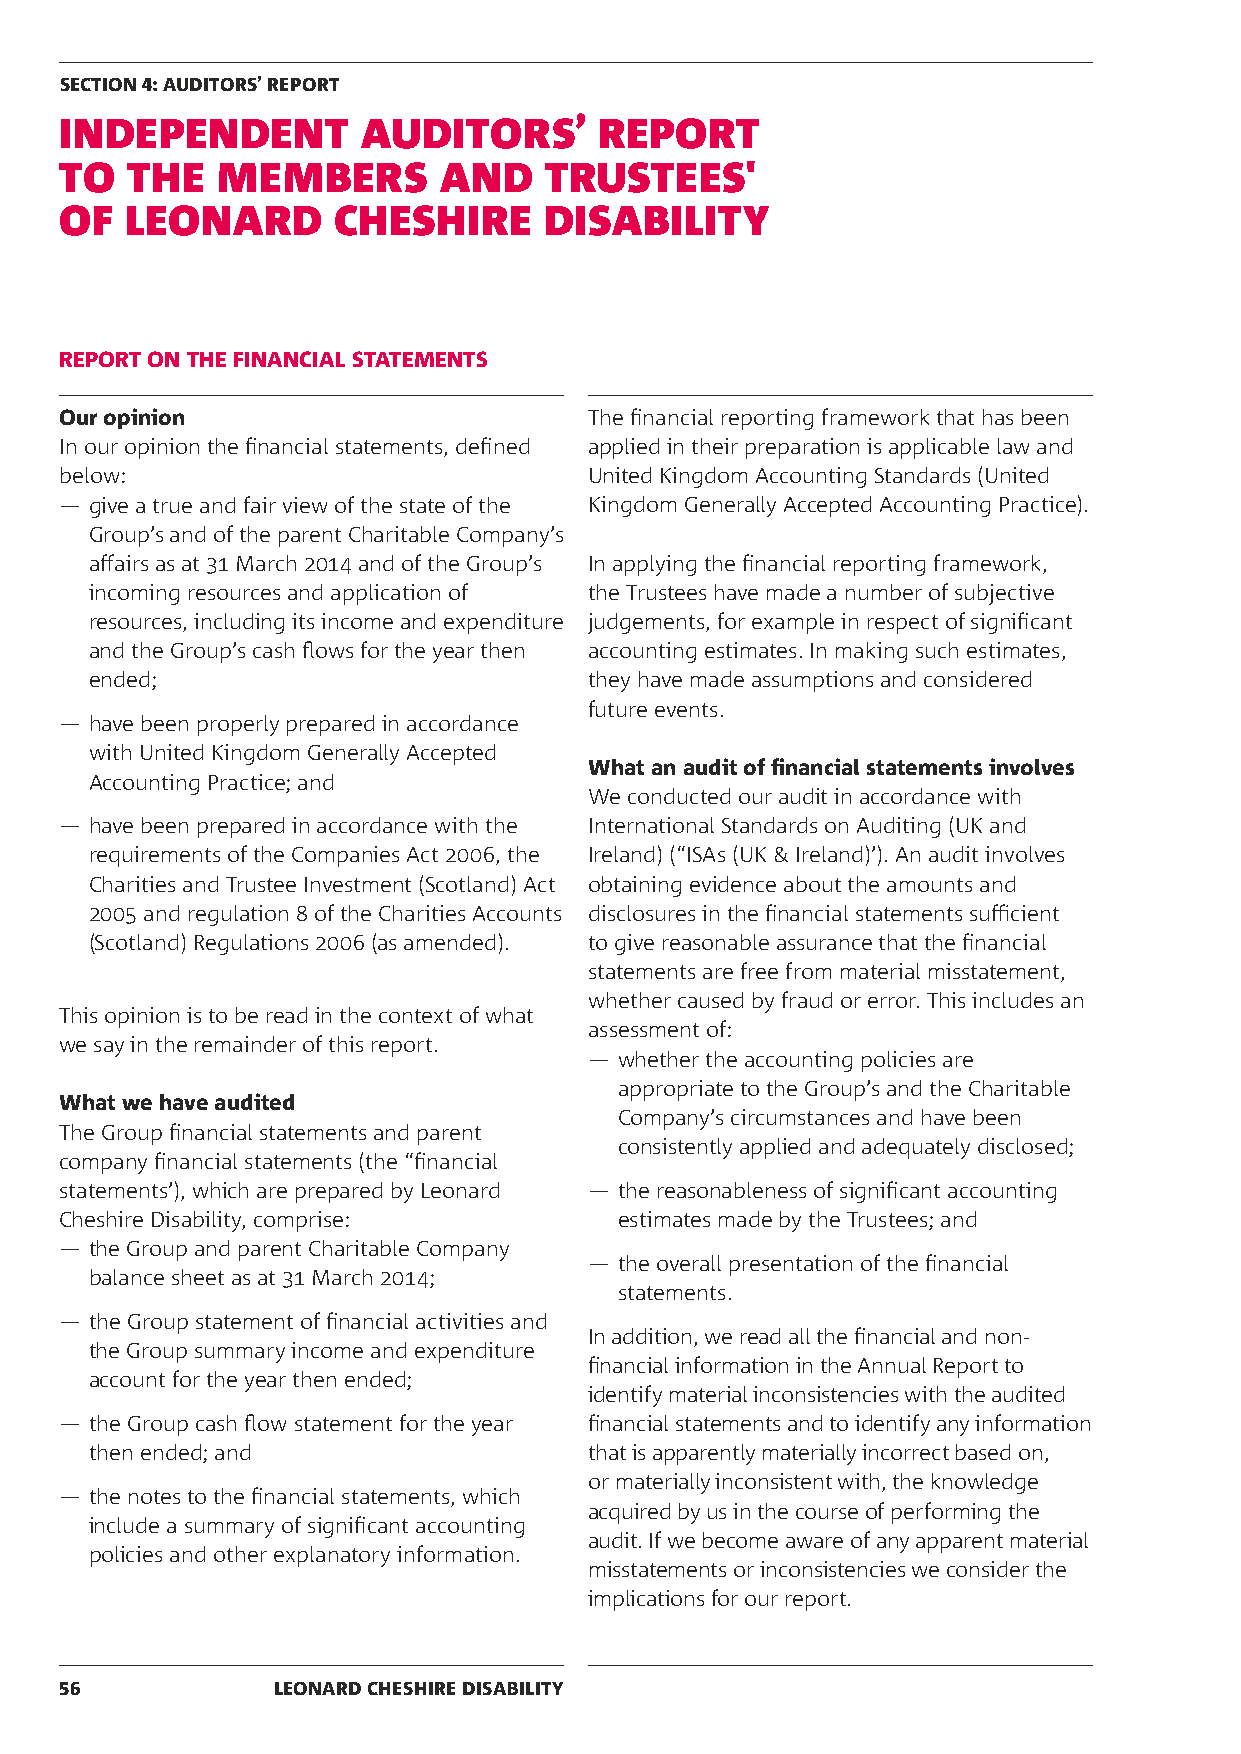
SECTION 4: AUDITORS’ REPORT
 INDEPENDENT         AUDITORS’       REPORT
 TO  THE   MEMBERS        AND    TRUSTEES'
 OF  LEONARD       CHESHIRE      DISABILITY
 REPORT ON THE FINANCIAL STATEMENTS
 Our opinion                        The financial reporting framework that has been
 In our opinion the financial statements, defined applied in their preparation is applicable law and
 below:                             United Kingdom Accounting Standards (United
 ― give a true and fair view of the state of the Kingdom Generally Accepted Accounting Practice).
 Group’s and of the parent Charitable Company’s
 affairs as at 31 March 2014 and of the Group’s In applying the financial reporting framework,
 incoming resources and application of the Trustees have made a number of subjective
 resources, including its income and expenditure judgements, for example in respect of significant
 and the Group’s cash flows for the year then accounting estimates. In making such estimates,
 ended;                           they have made assumptions and considered
 future events.
 ― have been properly prepared in accordance
 with United Kingdom Generally Accepted
 What an audit of financial statements involves
 Accounting Practice; and
 We conducted our audit in accordance with
 ― have been prepared in accordance with the International Standards on Auditing (UK and
 requirements of the Companies Act 2006, the Ireland) (“ISAs (UK & Ireland)’). An audit involves
 Charities and Trustee Investment (Scotland) Act obtaining evidence about the amounts and
 2005 and regulation 8 of the Charities Accounts disclosures in the financial statements sufficient
 (Scotland) Regulations 2006 (as amended). to give reasonable assurance that the financial
 statements are free from material misstatement,
 whether caused by fraud or error. This includes an
 This opinion is to be read in the context of what
 assessment of:
 we say in the remainder of this report.
 ― whether the accounting policies are
 appropriate to the Group’s and the Charitable
 What we have audited
 Company’s circumstances and have been
 The Group financial statements and parent
 consistently applied and adequately disclosed;
 company financial statements (the “financial
 statements’), which are prepared by Leonard ― the reasonableness of significant accounting
 Cheshire Disability, comprise:       estimates made by the Trustees; and
 ― the Group and parent Charitable Company
 ― the overall presentation of the financial
 balance sheet as at 31 March 2014;
 statements.
 ― the Group statement of financial activities and
 In addition, we read all the financial and non-
 the Group summary income and expenditure
 financial information in the Annual Report to
 account for the year then ended;
 identify material inconsistencies with the audited
 ― the Group cash flow statement for the year financial statements and to identify any information
 then ended; and                  that is apparently materially incorrect based on,
 or materially inconsistent with, the knowledge
 ― the notes to the financial statements, which
 acquired by us in the course of performing the
 include a summary of significant accounting
 audit. If we become aware of any apparent material
 policies and other explanatory information.
 misstatements or inconsistencies we consider the
 implications for our report.
 56            LEONARD CHESHIRE DISABILITY